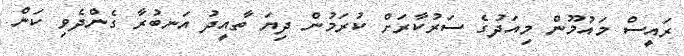
ރައީސް މައުމޫން މިއަދުގެ ސަރުކާރަށް ކުރަމުން ދިޔަ ތާއީދު އަނބުރާ ގެންދެވި ކަން